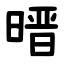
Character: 㬐